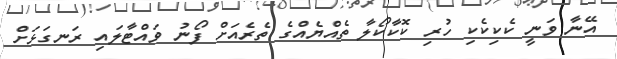
އޭނާ ވަނީ ކެކިކެކި ހުރި ކޮކާކޯލާ ތެއްޔެއްގެ ތެރެއަށް ފޯނު ވައްޓާލައި ރަނގަޅަށް